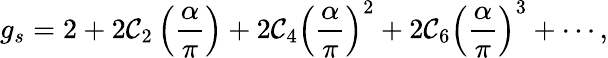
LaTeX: g_{s}=2+2\mathcal{C}_{2}\left(\frac{{\alpha}}{{\pi}}\right)+2\mathcal{C}_{4}\left(\frac{{\alpha}}{{\pi}}\right)^{2}+2\mathcal{C}_{6}\left(\frac{{\alpha}}{{\pi}}\right)^{3}+\cdots,